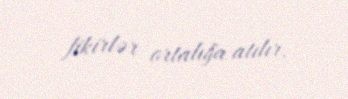
fikirlər ortalığa atılır.